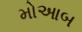
મોઆબ